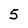
Character: 5